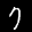
Label: 7